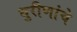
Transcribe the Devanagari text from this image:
धुरीणांचे